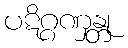
ပဋိဂ္ဂဏှန္တု